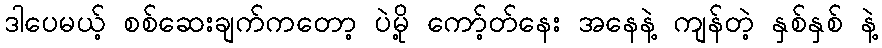
ဒါပေမယ့် စစ်ဆေးချက်ကတော့ ပဲမို့ ကော့်တ်နေး အနေနဲ့ ကျန်တဲ့ နှစ်နှစ် နဲ့